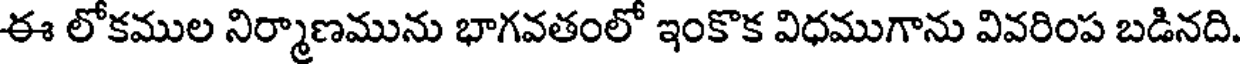
ఈ లోకముల నిర్మాణమును భాగవతంలో ఇంకొక విధముగాను వివరింప బడినది